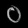
Digit: ၀